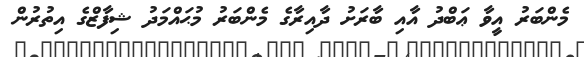
މެންބަރު އީވާ ޢަބްދު އާއި ބާރަށު ދާއިރާގެ މެންބަރު މުޙައްމަދު ޝިފާޒްގެ އިތުރުން